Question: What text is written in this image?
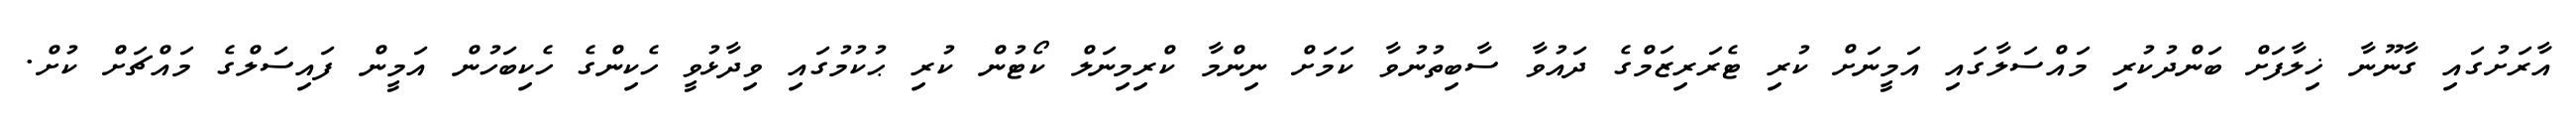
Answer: އާރަށުގައި ގާނޫނާ ޚިލާފަށް ބަންދުކުރި މައްސަލާގައި އަމީނަށް ކުރި ޓެރަރިޒަމްގެ ދައުވާ ސާބިތުނުވާ ކަމަށް ނިންމާ ކްރިމިނަލް ކޯޓުން ކުރި ޙުކުމުގައި ވިދާޅުވީ ހެކިންގެ ހެކިބަހުން އަމީން ފައިސަލްގެ މައްޗަށް ކުށް.